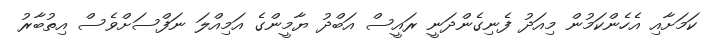
ކަަމަށާއި އެހެންކަމުން މިއަދު ފެނިގެންދަނީ ރައީސް އަބްދު ޔާމީންގެ އަމިއްލަ ނަފްސަށްވެސް އިތުބާރު